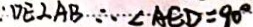
\therefore D E 2 A B \therefore \angle A E D = 9 0 ^ { \circ }